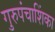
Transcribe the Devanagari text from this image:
गुरुपंचाशिंका